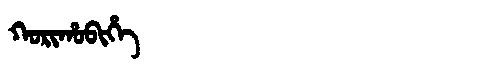
Manchu: ᡴᠣᡵᡳᡥᠣᠪᡳᡥᡝ
Romanization: KORIHOBIHE